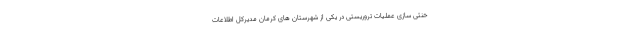
خنثی سازی عملیات تروریستی در یکی از شهرستان های کرمان مدیرکل اطلاعات